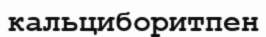
кальциборитпен